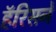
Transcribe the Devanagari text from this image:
हॅरिसने